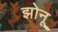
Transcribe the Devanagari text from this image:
झोनू